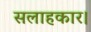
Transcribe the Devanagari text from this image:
सलाहकार।